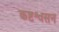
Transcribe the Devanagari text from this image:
कष्टश्वसन